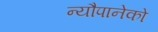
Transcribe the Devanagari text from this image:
न्यौपानेको